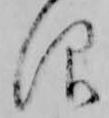
仰